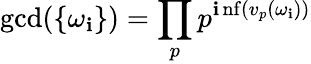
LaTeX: \displaystyle\gcd(\{ \omega_{\mathbf{i}}\} )\displaystyle=\prod_{p}p^{\operatorname*{\mathbf{i}nf}(v_{p}(\omega_{\mathbf{i}}))}